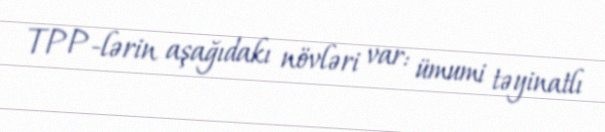
TPP-lərin aşağıdakı növləri var: ümumi təyinatlı